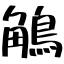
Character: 鵤